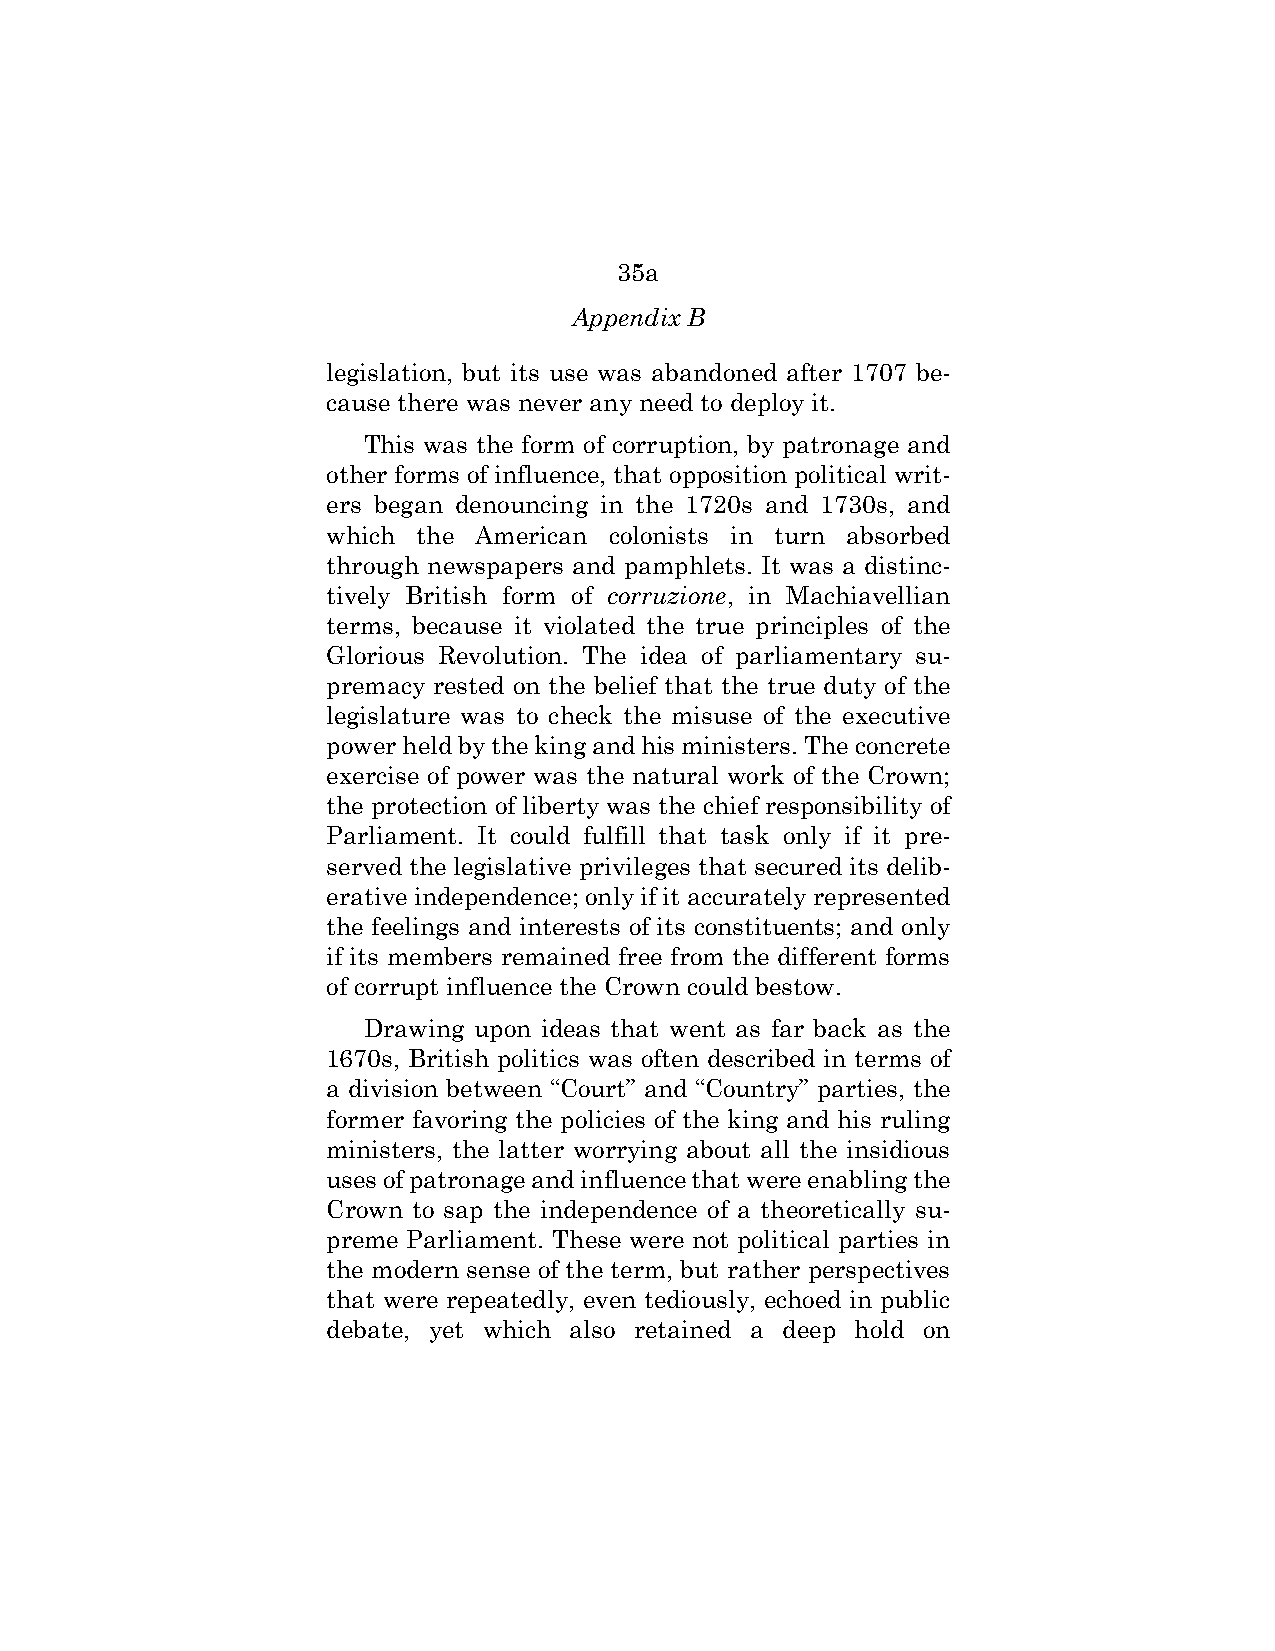
35a
 Appendix B
 legislation, but its use was abandoned after 1707 be-
 cause there was never any need to deploy it.
 This was the form of corruption, by patronage and
 other forms of influence, that opposition political writ-
 ers began denouncing in the 1720s and 1730s, and
 which the American colonists in turn absorbed
 through newspapers and pamphlets. It was a distinc-
 tively British form of corruzione, in Machiavellian
 terms, because it violated the true principles of the
 Glorious Revolution. The idea of parliamentary su-
 premacy rested on the belief that the true duty of the
 legislature was to check the misuse of the executive
 power held by the king and his ministers. The concrete
 exercise of power was the natural work of the Crown;
 the protection of liberty was the chief responsibility of
 Parliament. It could fulfill that task only if it pre-
 served the legislative privileges that secured its delib-
 erative independence; only if it accurately represented
 the feelings and interests of its constituents; and only
 if its members remained free from the different forms
 of corrupt influence the Crown could bestow.
 Drawing upon ideas that went as far back as the
 1670s, British politics was often described in terms of
 a division between “Court” and “Country” parties, the
 former favoring the policies of the king and his ruling
 ministers, the latter worrying about all the insidious
 uses of patronage and influence that were enabling the
 Crown to sap the independence of a theoretically su-
 preme Parliament. These were not political parties in
 the modern sense of the term, but rather perspectives
 that were repeatedly, even tediously, echoed in public
 debate, yet which also retained a deep hold on